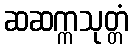
ဆဆက္ကသုတ္တံ